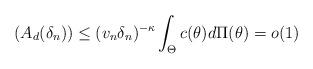
LaTeX: \begin{align*}(A_{d}(\delta_{n})) & \leq (v_{n}\delta_{n})^{-\kappa} \int_\Theta c(\theta) d\Pi(\theta) = o(1)\end{align*}